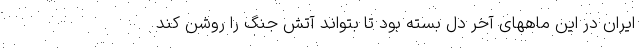
ایران در این ماههای آخر دل بسته بود تا بتواند آتش جنگ را روشن کند